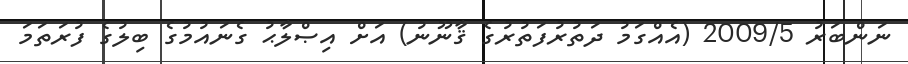
ނަންބަރު 2009/5 (އެއްގަމު ދަތުރުފަތުރުގެ ޤާނޫނު) އަށް އިޞްލާޙު ގެނައުމުގެ ބިލުގެ ފުރަތަމަ